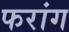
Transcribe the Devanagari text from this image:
फरांग